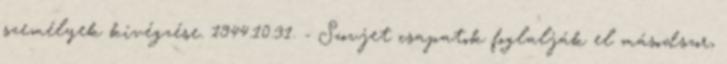
személyek kivégzése. 1944.10.31. - Szovjet csapatok foglalják el másodszor,